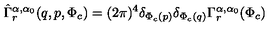
\hat { \Gamma } _ { r } ^ { \alpha , \alpha _ { 0 } } ( q , p , \Phi _ { c } ) = ( 2 \pi ) ^ { 4 } \delta _ { \Phi _ { c } ( p ) } \delta _ { \Phi _ { c } ( q ) } \Gamma _ { r } ^ { \alpha , \alpha _ { 0 } } ( \Phi _ { c } )